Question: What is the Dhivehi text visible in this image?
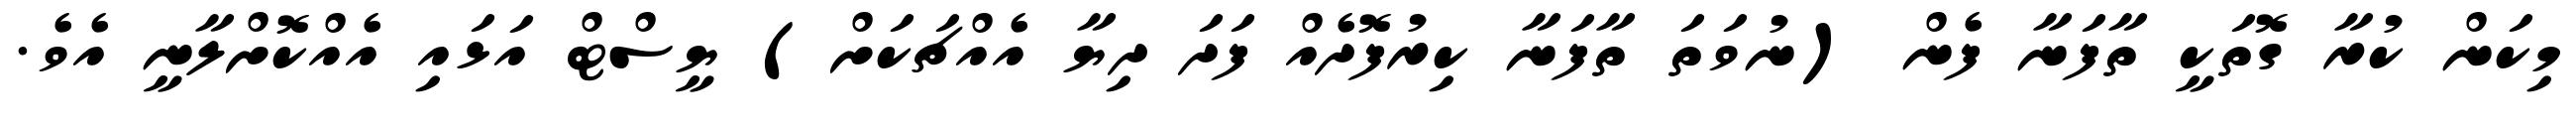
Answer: މިކަން ކުރާ ގޮތަކީ ތާފަނާ ފެން (ނުވަތަ ތާފަނާ ކިރުފޮދެއް ފަދަ ދިޔާ އެއްޗަކަށް) ޔީސްޓް އަޅައި އެއްކޮށްލާނީ އެވެ.